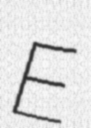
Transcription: E